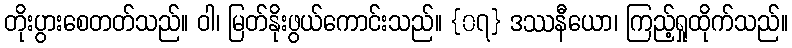
တိုးပွားစေတတ်သည်။ ဝါ၊ မြတ်နိုးဖွယ်ကောင်းသည်။ {၀၇} ဒဿနီယော၊ ကြည့်ရှုထိုက်သည်။